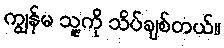
ကျွန်မ သူ့ကို သိပ်ချစ်တယ်။